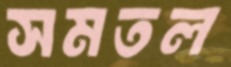
সমতল